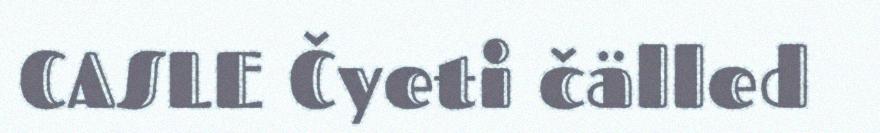
CASLE Čyeti čälled